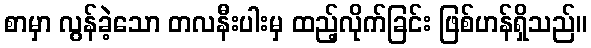
စာမှာ လွန်ခဲ့သော တလနီးပါးမှ ထည့်လိုက်ခြင်း ဖြစ်ဟန်ရှိသည်။